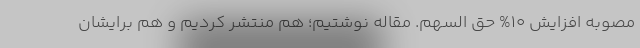
مصوبه افزایش 10% حق السهم. مقاله نوشتیم؛ هم منتشر کردیم و هم برایشان